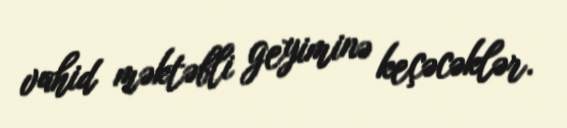
vahid məktəbli geyiminə keçəcəklər.